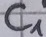
Text: C1